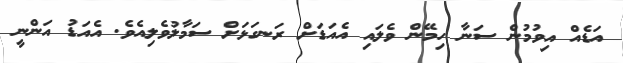
އަޑެއް އިވުމުން ސަނާ ހިމޭން ވެލައި އެއަޑަށް ރަނގަޅަށް ސަމާލުވެލިއެވެ. އެއަޑު އަންނީ